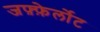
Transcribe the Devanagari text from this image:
जफ़्फ़ेर्लोट